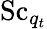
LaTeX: \mathrm{Sc}_{q_{t}}